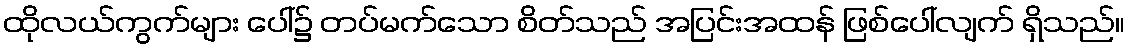
ထိုလယ်ကွက်များ ပေါ်၌ တပ်မက်သော စိတ်သည် အပြင်းအထန် ဖြစ်ပေါ်လျက် ရှိသည်။